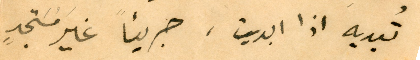
تُبديه اذا ابديت، جريئأً غيرَ مُسَتجدٍ